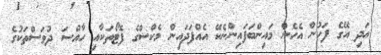
އަދި އޭގެ ފަހުން އެހެން މައިންބަފައިންނެކޭ އެއްފަދައިން މެކްސްގެ ފޮޓޯތަކާއި ހާއްސަ ދުވަސްތަކުގެ